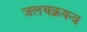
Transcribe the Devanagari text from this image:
जलचक्रयन्त्र